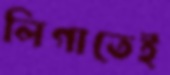
লিগাতেই